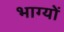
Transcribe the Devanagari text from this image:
भाग्यों